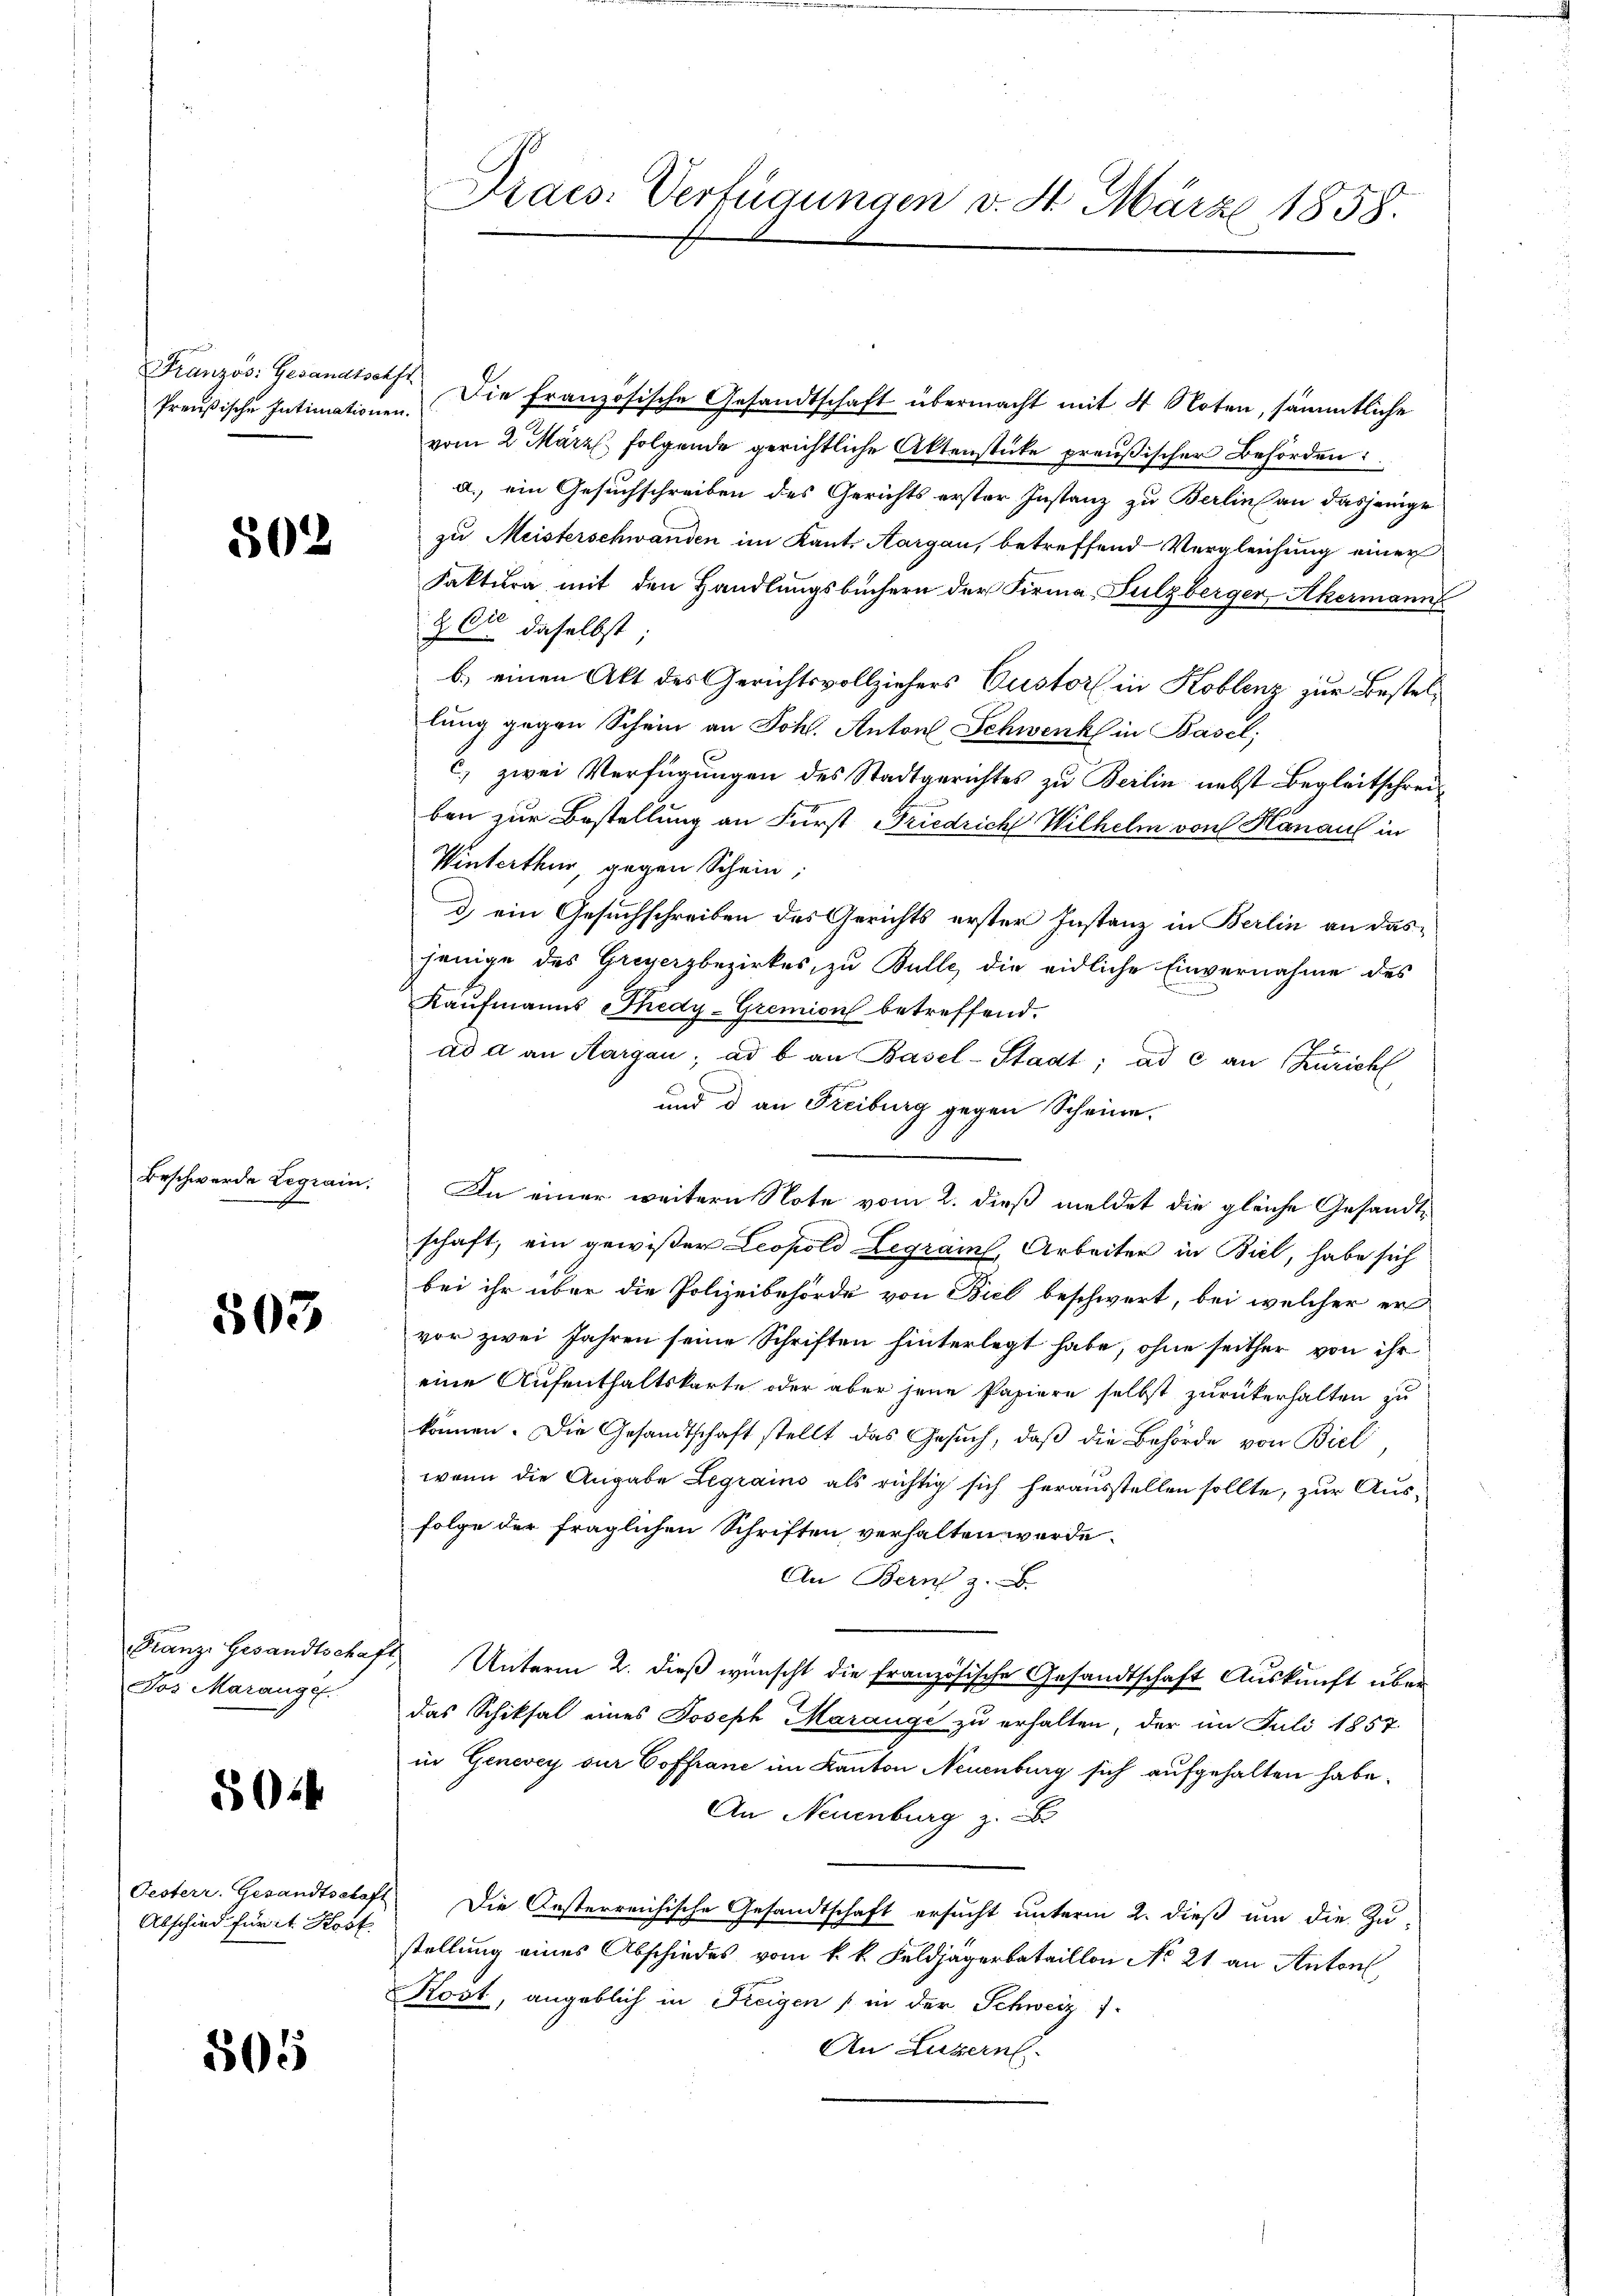
Preußische Intimationen.

502

Beschwerde Legrain.

503

Franze Gesandtschaf
Jos Marangef

5014

Oesterr. Gesandtsetas
Abschied für it. Kost

505

Praes. Verfügungen v. St. März 1858.

Französ. Gesandtsef. Die französische Gesandtschaft übermacht mit 4 Noten, sämmtliche
vom 2. März folgende gerichtliche Aktenstücke preußischer Behörden:
a.) ein Gesuchschreiben des Gerichts erster Instanz zu Berlin an dasjenige
zu Meisterschwanden im Kant. Aargau, betreffend Vergleichung einer
Faktura mit den Handlungsbüchern der Firma Sulzberger, Akermann
& Cie daselbst;
b.) einen Akt des Gerichtsvollziehers Custorf in Koblenz zur Bestellung gegen Schein an Joh. Anton Schwenk in Basel;
c) zwei Verfügungen des Stadtgerichtes zu Berlin nebst Begleitschreiben zur Bestellung an Fürst Friedriche Wilhelm von Hanaul in
Winterthur, gegen Schein,
d) ein Gesuchschreiben des Gerichts erster Instanz in Berlin an dasjenige des Greyerzbezirkes, zu Bulle, die eidliche Einvernahme des
Kaufmanns Thedy-Gremion betreffend.
ad a an Margau, ad b. an Basel-Stadt; ad c an Zürich
und d an Freiburg gegen Scheine.
An einer weitern Note vom 2. dieß meldet die gleiche Gesandtschaft, ein gewißer Leopold Legrais, Arbeiter in Biel, habe sich
bei ihr über die Polizeibehörde von Biel beschwert, bei welcher er
vor zwei Jahren seine Schriften hinterlegt habe, ohne seither von ihr
eine Aufenthaltskarte oder aber jene Papiere selbst zurükerhalten zu
können. Die Gesandtschaft stellt das Gesuch, daß die Behörde von Biel,
wenn die Angabe Legrains als richtig sich herausstellen sollte, zur Ausfolge der fraglichen Schriften verhalten werde.
An Bern z
Unterm 2. dieß wünscht die französische Gesandtschaft Auskunft über
das Schiksal eines Joseph Marauge zu erhalten, der im Juli 1857
in Generey zur Coffranc im Kanton Neuenburg sich aufgehalten habe.
An Neuenburg z.
Die Oesterreichische Gesandtschaft ersucht unterm 2. dieß um die Zu-
stellung eines Abschiedes vom k. k. Feldjägerbataillon No 21 an Anton,
Kost, angeblich in Freigen in der Schweiz 1
An Luzern.